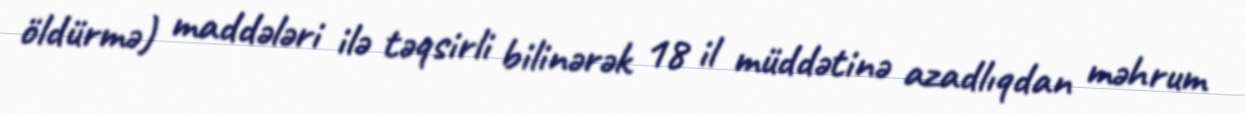
öldürmə) maddələri ilə təqsirli bilinərək 18 il müddətinə azadlıqdan məhrum